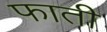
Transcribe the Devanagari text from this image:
फाती